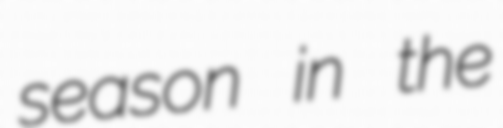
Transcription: season in the